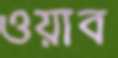
ওয়াব